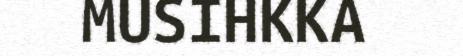
MUSIHKKA